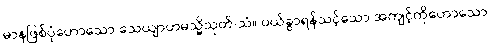
မာနဖြစ်ပုံဟောသော သေယျာဟမသ္မိသုတ်-သံ။ ပယ်ခွာရန်သင့်သော အကျင့်ကိုဟောသော